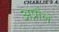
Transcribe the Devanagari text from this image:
अप्रौल